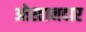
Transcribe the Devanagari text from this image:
ओस्तानदार